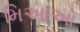
મિઆઓ